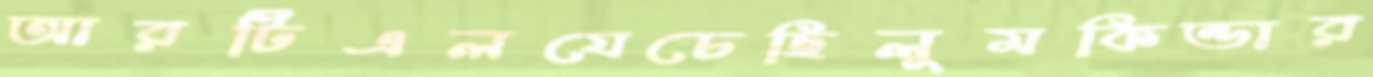
আরটিএলযেচেছিলুমকিন্ডার